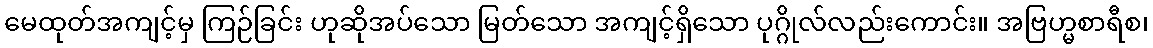
မေထုတ်အကျင့်မှ ကြဉ်ခြင်း ဟုဆိုအပ်သော မြတ်သော အကျင့်ရှိသော ပုဂ္ဂိုလ်လည်းကောင်း။ အဗြဟ္မစာရီစ၊